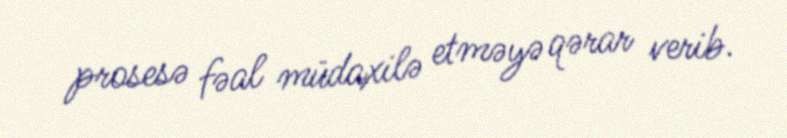
prosesə fəal müdaxilə etməyə qərar verib.